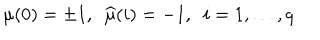
\mu ( 0 ) = \pm 1 , \mathtt { \ } \widehat { \mu } ( i ) = - 1 , \mathtt { \ } i = 1 , \dots , q